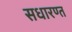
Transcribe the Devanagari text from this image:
सधारण्त